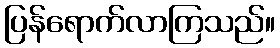
ပြန်ရောက်လာကြသည်။